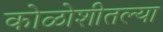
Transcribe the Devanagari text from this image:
कोळोशीतल्या